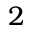
2